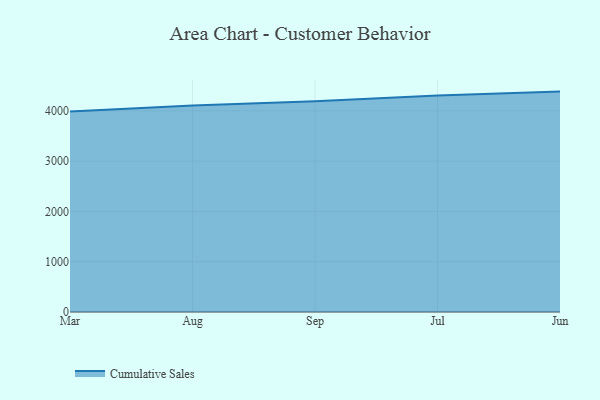
{"axis": {"x": "Month", "y": "Backlog"}, "legend": ["Cumulative Sales"], "data": [{"x": "Mar", "y": 3988.7, "type": "Cumulative Sales"}, {"x": "Aug", "y": 4105.8, "type": "Cumulative Sales"}, {"x": "Sep", "y": 4192.0, "type": "Cumulative Sales"}, {"x": "Jul", "y": 4304.8, "type": "Cumulative Sales"}, {"x": "Jun", "y": 4383.3, "type": "Cumulative Sales"}]}